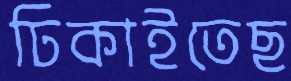
ঢিকাইতেছ